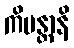
ကိမန္တာနိ